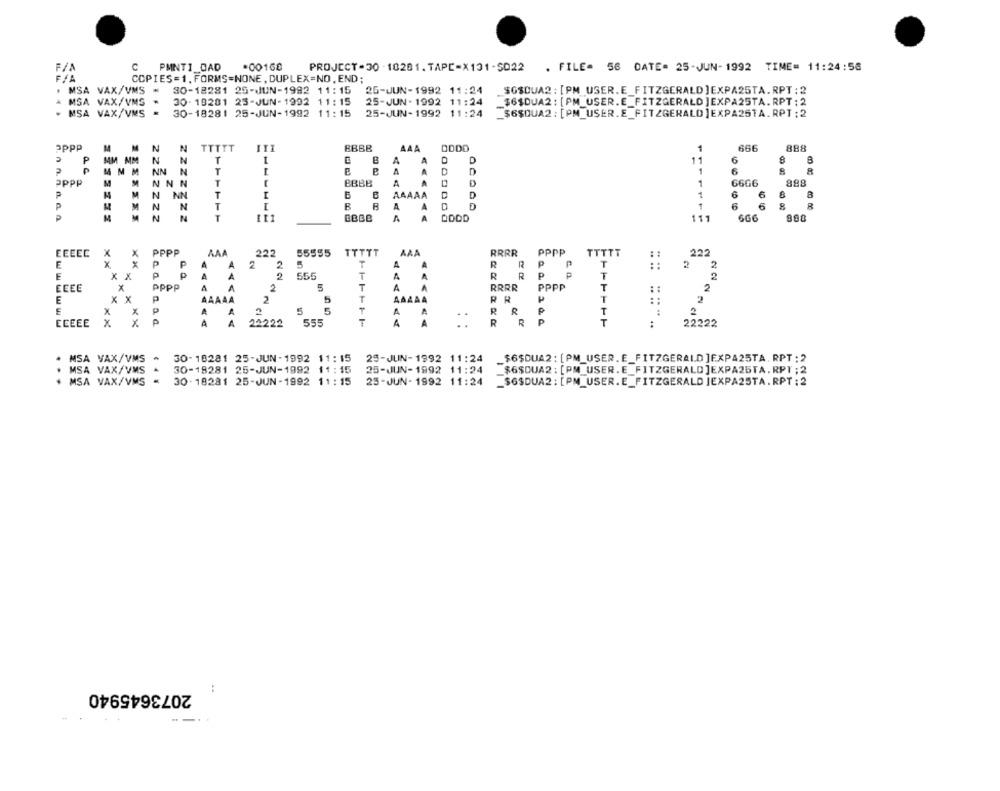
F/A
C
PMNTI CAD
*00168
PROJECT-30 - 18281. TAPC-X131-5022
. FILE- 56 DATE. 25-JUN-1992 TIME= 11:24:58
F/A
COPIES=1, FORMS=NONE, DUPLEX=NO, END;
. MSA VAX/VMS
30-18281 25-JUN-1992 11:15
25-JUN-1992 11:24
$GSDUA2 : [PM_USER. E_FITZGERALD ]EXPA25TA.RPT :2
MSA VAX/VMS
30-19281 25-JUN-1992 11:15
25-JUN- 1992 11:24
_$6$DUA2 : [PM_USER.E_FITZGERALD ]EXPA25TA.RPT; 2
. MSA VAX/VMS
30-18281 25-JUN-1992 11:15
25-JUN-1992 11:24
_$6SOUA2 : [PM_USER. E_FITZGERALD]EXPA25TA.RPT: 2
1
666
888
11
6
1
1
1
6
1
6
111
666
990
PMNTI_BAD
EEEEC
X
X
PPPP
TTTTT
222
T
2
2
T
2
T
2
T
2
T
.....
@ XP025TA RF
EEEEE
T
:
22222
. MSA VAX/VMS - 30-18281 25-JUN-1992 11:15 25-JUN-1992 11:24
_$6$DUA2 : [PM_USER. E_FITZGERALD ]EXPA25TA. RPT ; 2
MSA VAX/VMS
30-18281 25-JUN-1992 11:15 25-JUN-1992 11:24 _$6SOUA2: [PM_USER. E_FITZGERALD ]EXPA25TA. RPT ;2
+ MSA VAX/VMS = 30-18281 25-JUN-1992 11:15 25-JUN-1992 11:24
_SOSDUA2 : [PM_USER.E_FITZGERALD JEXPA2STA.RPT : 2
2073645940